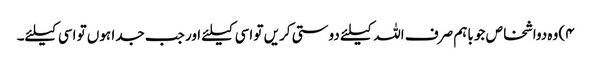
۴) وہ دواشخاص جو باہم صرف اللہ کیلئے دوستی کریں تو اسی کیلئے اور جب جدا ہوں تو اسی کیلئے۔